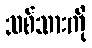
သစ်သားကို